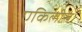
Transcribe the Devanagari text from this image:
एकिलीस